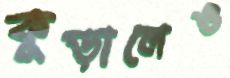
কুড়ালেও